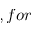
, f o r